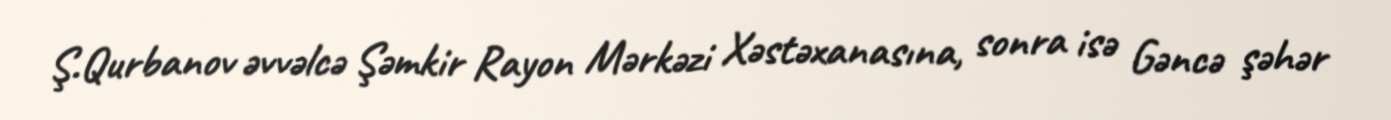
Ş.Qurbanov əvvəlcə Şəmkir Rayon Mərkəzi Xəstəxanasına, sonra isə Gəncə şəhər